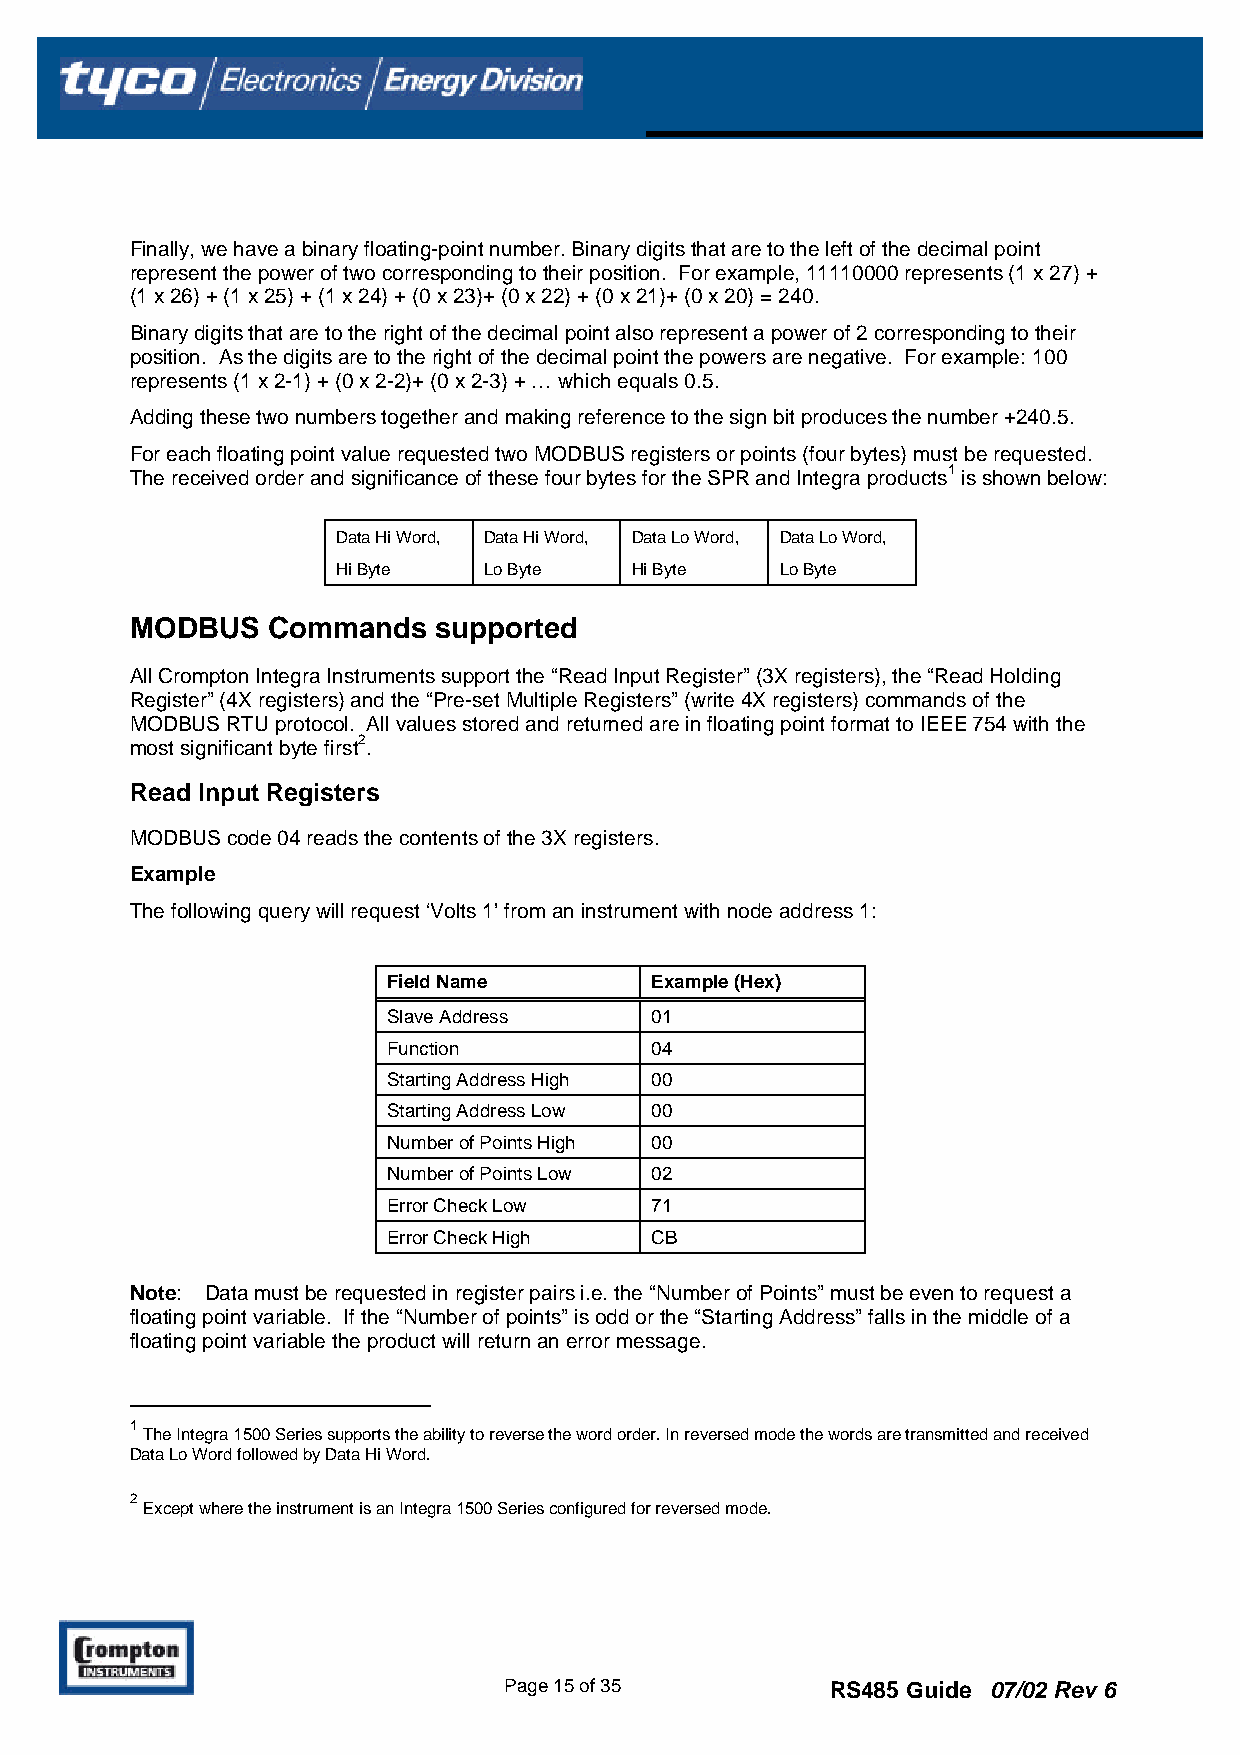
Finally, we have a binary floating-point number. Binary digits that are to the left of the decimal point
 represent the power of two corresponding to their position. For example, 11110000 represents (1 x 27) +
 (1 x 26) + (1 x 25) + (1 x 24) + (0 x 23)+ (0 x 22) + (0 x 21)+ (0 x 20) = 240.
 Binary digits that are to the right of the decimal point also represent a power of 2 corresponding to their
 position. As the digits are to the right of the decimal point the powers are negative. For example: 100
 represents (1 x 2-1) + (0 x 2-2)+ (0 x 2-3) + … which equals 0.5.
 Adding these two numbers together and making reference to the sign bit produces the number +240.5.
 For each floating point value requested two MODBUS registers or points (four bytes) must be requested.
 The received order and significance of these four bytes for the SPR and Integra products1 is shown below:
 Data Hi Word, Data Hi Word, Data Lo Word, Data Lo Word,
 Hi Byte   Lo Byte   Hi Byte   Lo Byte
 MODBUS   Commands   supported
 All Crompton Integra Instruments support the “Read Input Register” (3X registers), the “Read Holding
 Register” (4X registers) and the “Pre-set Multiple Registers” (write 4X registers) commands of the
 MODBUS RTU protocol. All values stored and returned are in floating point format to IEEE 754 with the
 most significant byte first2.
 Read Input Registers
 MODBUS code 04 reads the contents of the 3X registers.
 Example
 The following query will request ‘Volts 1’ from an instrument with node address 1:
 Field Name       Example (Hex)
 Slave Address    01
 Function         04
 Starting Address High 00
 Starting Address Low 00
 Number of Points High 00
 Number of Points Low 02
 Error Check Low  71
 Error Check High CB
 Note: Data must be requested in register pairs i.e. the “Number of Points” must be even to request a
 floating point variable. If the “Number of points” is odd or the “Starting Address” falls in the middle of a
 floating point variable the product will return an error message.
 1
 The Integra 1500 Series supports the ability to reverse the word order. In reversed mode the words are transmitted and received
 Data Lo Word followed by Data Hi Word.
 2
 Except where the instrument is an Integra 1500 Series configured for reversed mode.
 Page 15 of 35         RS485 Guide 07/02 Rev 6